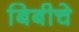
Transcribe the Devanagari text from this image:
बिबीचे